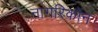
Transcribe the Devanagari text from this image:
नागरिकोंन